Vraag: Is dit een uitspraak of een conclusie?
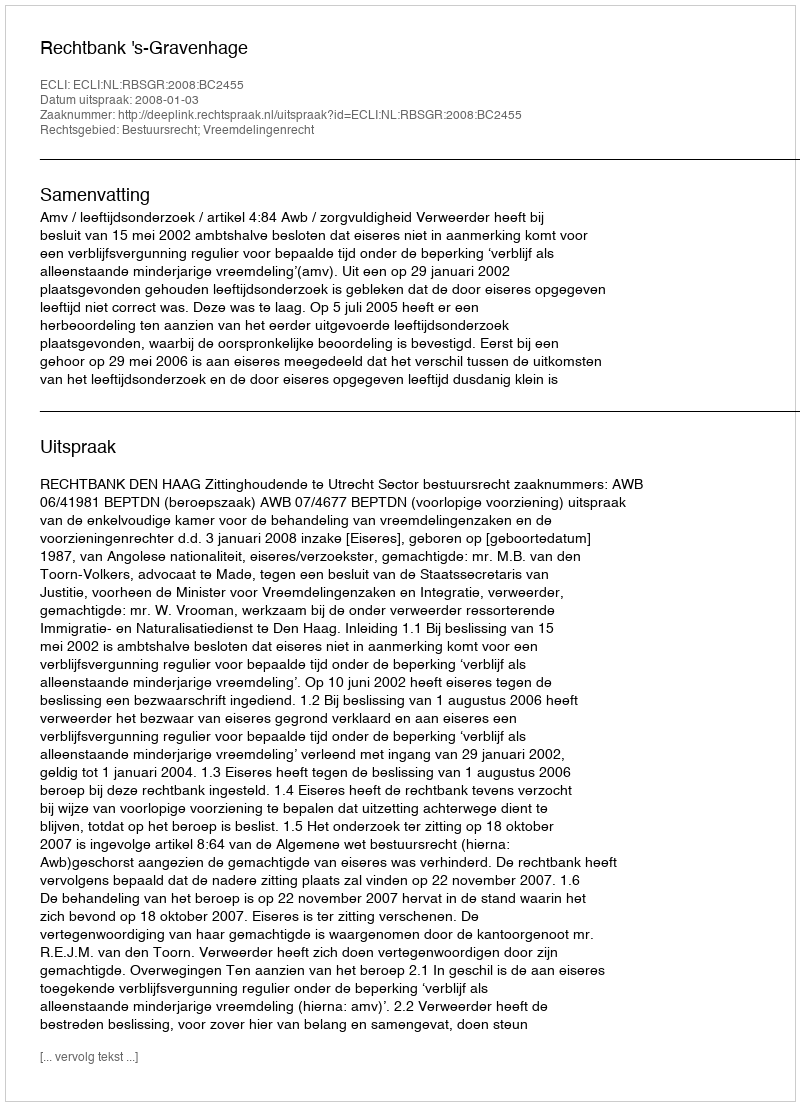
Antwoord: Uitspraak